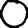
Digit: 0